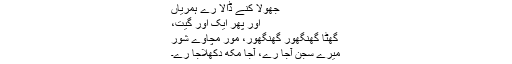
جھولا کنے ڈالا رے ہمریاں
اور پھر ایک اور گیت،
گھٹا گھنگھور گھنگھور، مور مچاوے شور
میرے سجن آجا رے، آجا مکھ دکھلاجا رے۔